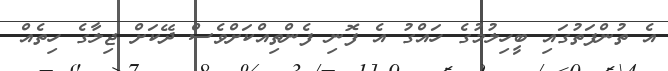
އެ ތުންފަތުގައި ބީހިލުމުގެ ހައްގު އެ ފޮނި ފެންތިއްކަށްވެސް ދޭކަށް ޖިލާގެ ހިތެއް